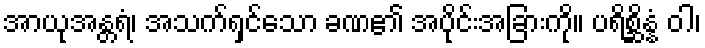
အာယုအန္တရံ၊ အသက်ရှင်သော ခဏ၏ အပိုင်းအခြားကို။ ပရိစ္ဆိန္နံ ဝါ၊